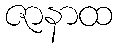
ဇာနာထ